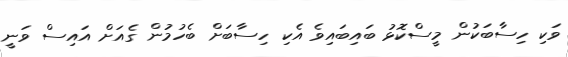
ވަކި ހިސާބަކުން މީސްކޮޅު ބައިބައިވެ އެކި ހިސާބަށް ބެހުމުން ގެއަށް އައިސް ވަނީ